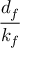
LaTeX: \frac { d _ { f } } { k _ { f } }